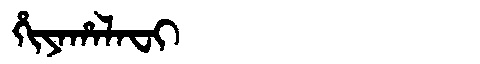
Manchu: ᡥᡳᠶᠠᡥᠠᠯᠠᠸᡳ
Romanization: HIYAHALAFI